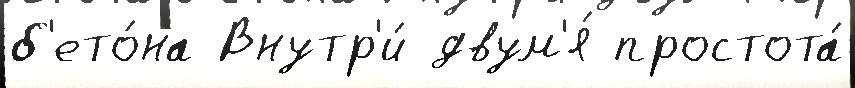
б'ето́на Внутр'и́ двум'я́ простота́